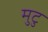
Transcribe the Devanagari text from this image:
मुटु